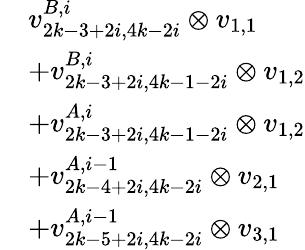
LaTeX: \begin{array}{rl}&{v_{2k-3+2i,4k-2i}^{B,i}\otimes v_{1,1}}\\ &{+v_{2k-3+2i,4k-1-2i}^{B,i}\otimes v_{1,2}}\\ &{+v_{2k-3+2i,4k-1-2i}^{A,i}\otimes v_{1,2}}\\ &{+v_{2k-4+2i,4k-2i}^{A,i-1}\otimes v_{2,1}}\\ &{+v_{2k-5+2i,4k-2i}^{A,i-1}\otimes v_{3,1}}\end{array}